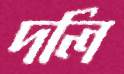
দলি